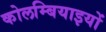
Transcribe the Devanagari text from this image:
कोलम्बियाइयों